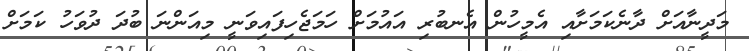
މަދީނާއަށް ދާނެކަމަށާއި އެމީހުން އެނބުރި އައުމަށް ހަމަޖެހިފައިވަނީ މިއަންނަ ބުދަ ދުވަހު ކަމަށް